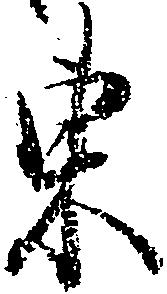
東